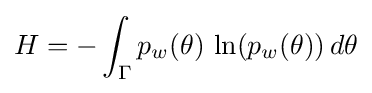
H=-\int _{\Gamma }p_{w}(\theta )\,\ln(p_{w}(\theta ))\,d\theta